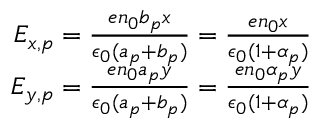
\begin{array} { r } { E _ { x , p } = \frac { e n _ { 0 } b _ { p } x } { \epsilon _ { 0 } ( a _ { p } + b _ { p } ) } = \frac { e n _ { 0 } x } { \epsilon _ { 0 } ( 1 + \alpha _ { p } ) } } \\ { E _ { y , p } = \frac { e n _ { 0 } a _ { p } y } { \epsilon _ { 0 } ( a _ { p } + b _ { p } ) } = \frac { e n _ { 0 } \alpha _ { p } y } { \epsilon _ { 0 } ( 1 + \alpha _ { p } ) } } \end{array}